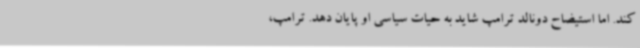
کند. اما استیضاح دونالد ترامپ شاید به حیات سیاسی او پایان دهد. ترامپ،